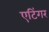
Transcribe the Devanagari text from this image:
एटिंगर